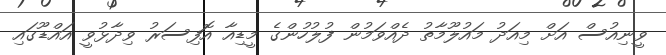
ވީނިއުސް އަށް މިއަދު މައުލޫމާތު ދެއްވަމުން ފުލުހުންގެ މީޑިއާ އޮފިސަރު ވިދާޅުވީ އައްޑޫގައި